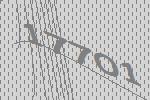
17701